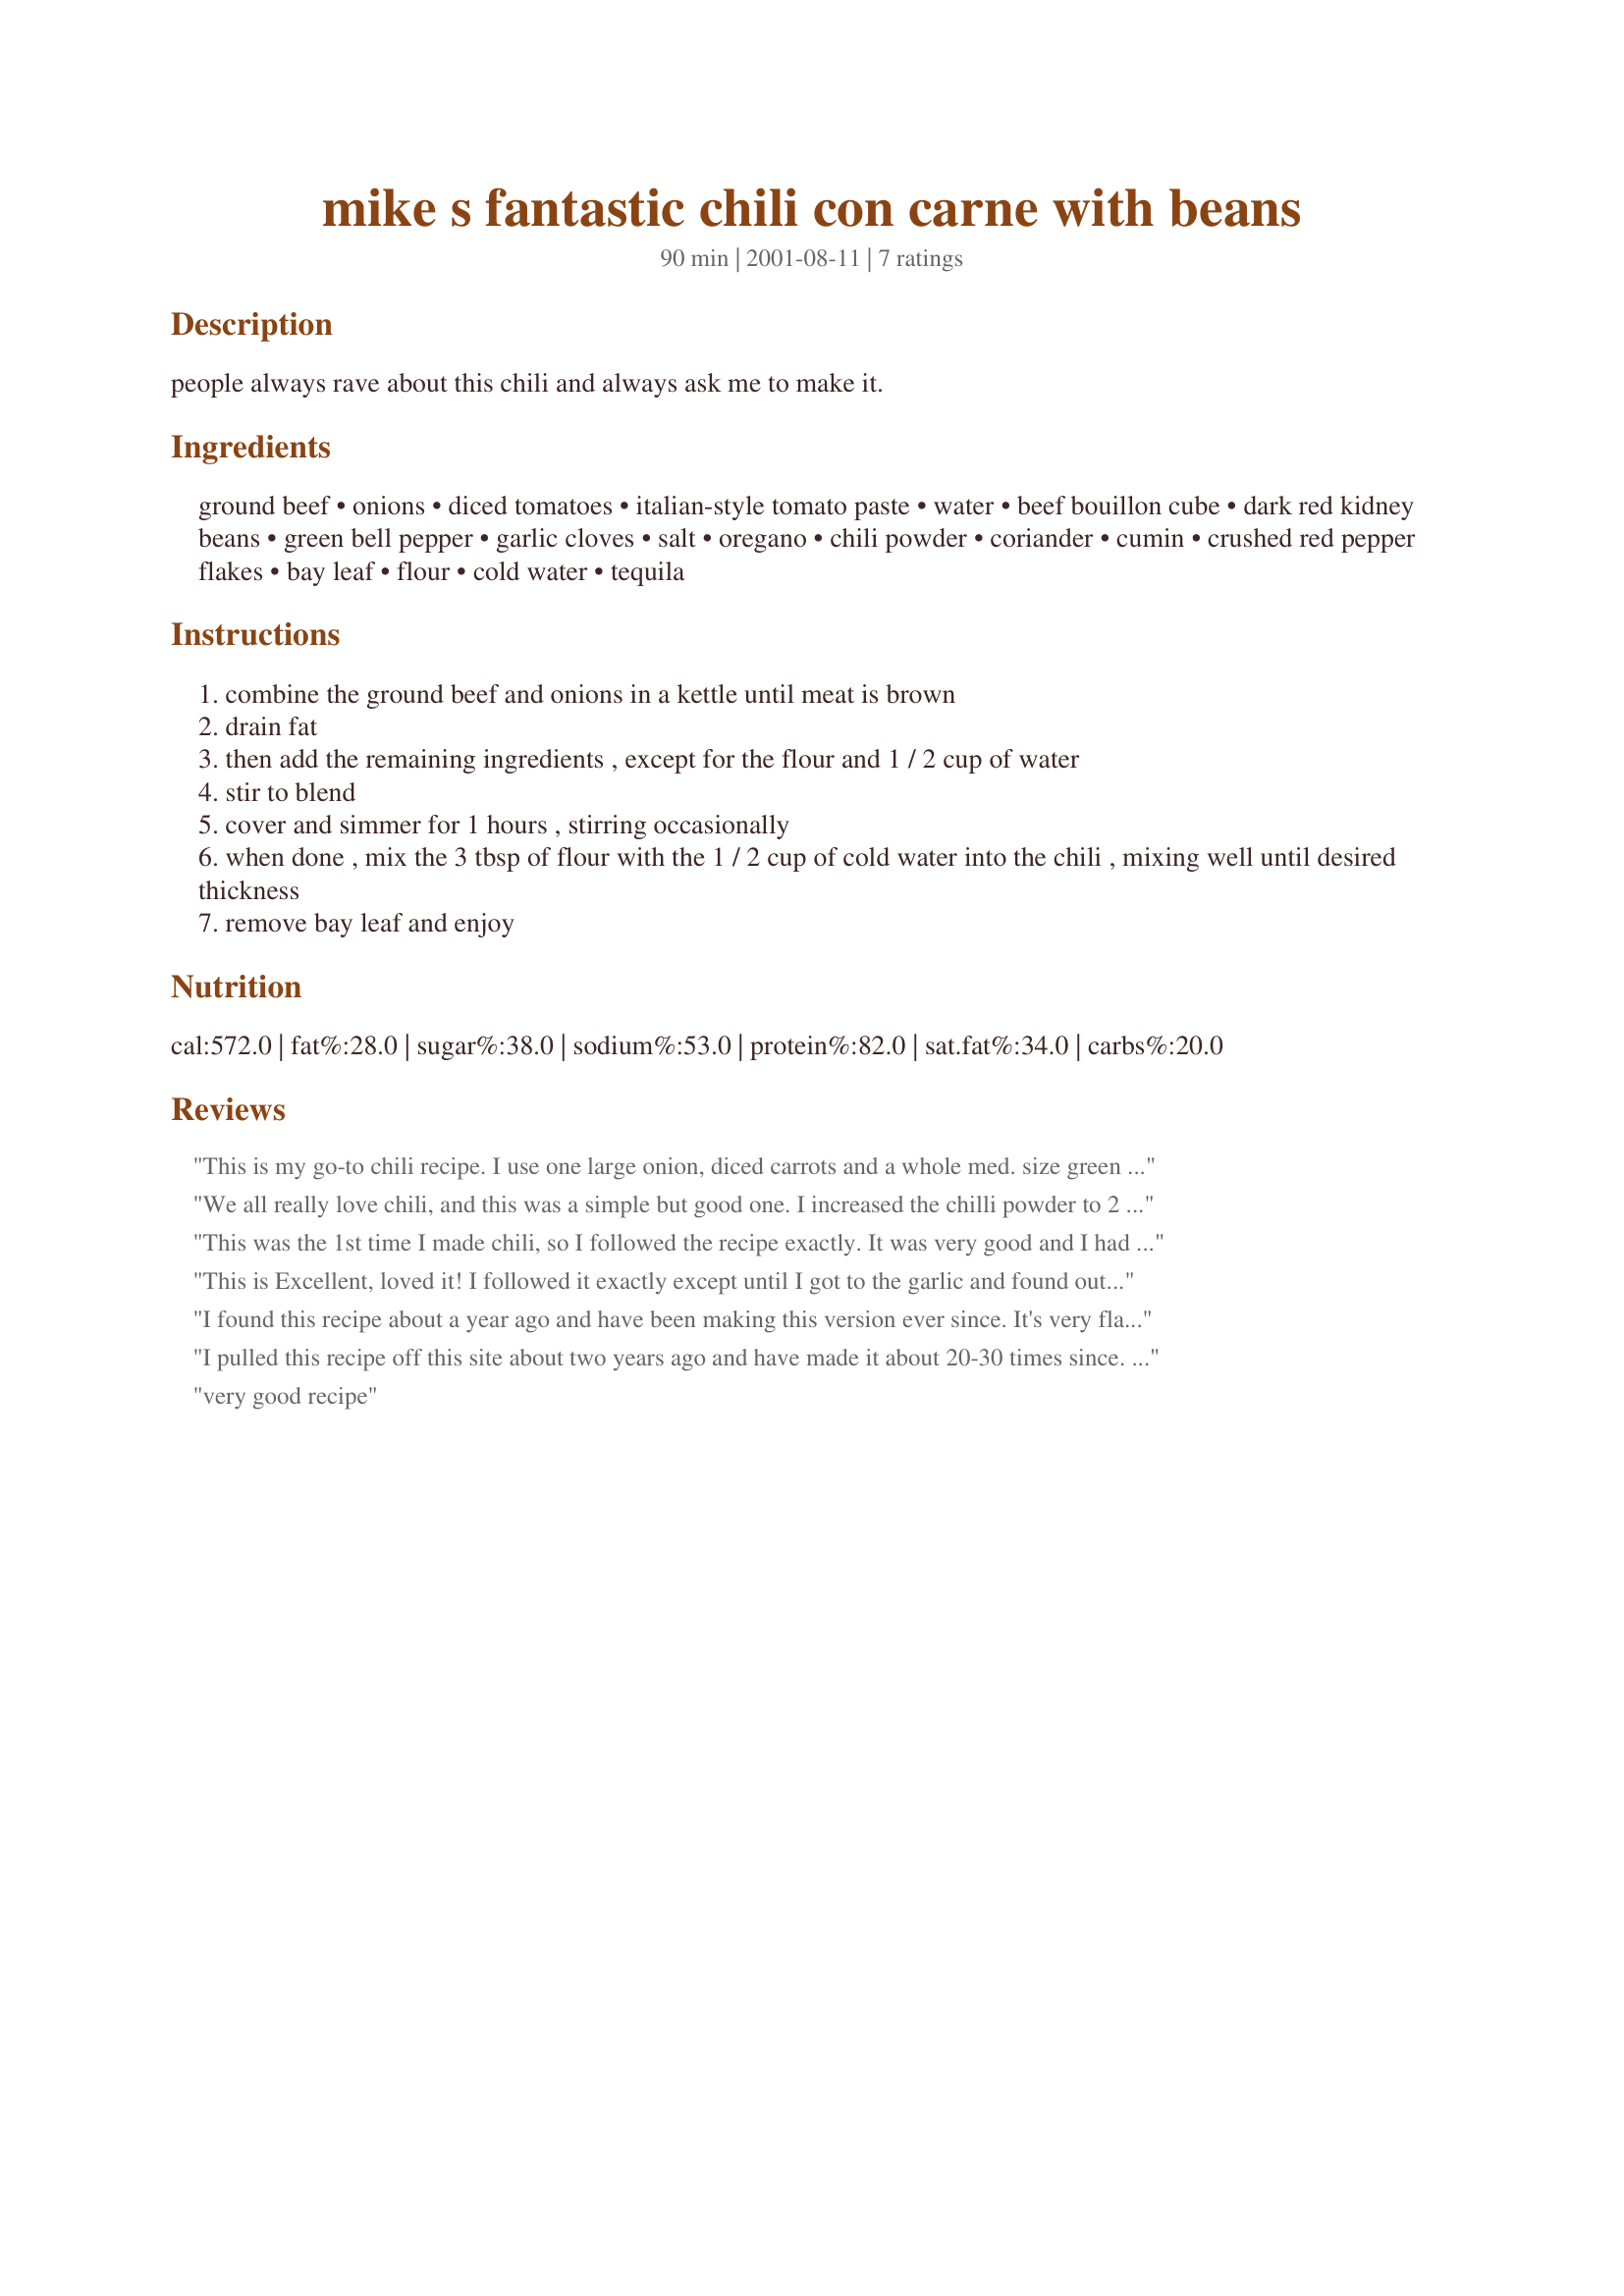
mike s fantastic chili con carne with beans
Preparation time: 90 minutes

people always rave about this chili and always ask me to make it.

Ingredients:
ground beef, onions, diced tomatoes, italian-style tomato paste, water, beef bouillon cube, dark red kidney beans, green bell pepper, garlic cloves, salt, oregano, chili powder, coriander, cumin, crushed red pepper flakes, bay leaf, flour, cold water, tequila

Steps:
combine the ground beef and onions in a kettle until meat is brown
drain fat
then add the remaining ingredients , except for the flour and 1 / 2 cup of water
stir to blend
cover and simmer for 1 hours , stirring occasionally
when done , mix the 3 tbsp of flour with the 1 / 2 cup of cold water into the chili , mixing well until desired thickness
remove bay leaf and enjoy

Reviews:
This is my go-to chili recipe. I use one large onion, diced carrots and a whole med. size green pepper. I up the chili powder to one heaping tablespoon and I add a sliced, seeded jalapeno. I don't add the tequila or bouillon cube and I hate thickening a good recipe with flour and water. I don't rinse the two 19oz. cans of red kidneys so the starch is from the beans thickens the chili. Great to freeze!! Thanks Mike!!
We all really love chili, and this was a simple but good one. I increased the chilli powder to 2 tablespoons as mine is quite mild. I don't like flour as a thickener to finish a dish, so I just dumped in all the water at the start then allowed the sauce to simmer and reduce until it was the right consistency for us. I didn't use the tequila.
This was the 1st time I made chili, so I followed the recipe exactly. It was very good and I had some leftover for lunch the next day, plus some for the freezer. I plan to make Left-over Chili Bake(#18046).
This is Excellent, loved it! I followed it exactly except until I got to the garlic and found out I was out of fresh so I had to use dry minced garlic, but it still turned out great! Thanks Michael..
I found this recipe about a year ago and have been making this version ever since. It's very flavorful and everyone at works loves it when I bring it for potlucks. Don't cook it too long or you'll loose the freshness of the tomatoes and peppers.
I pulled this recipe off this site about two years ago and have made it about 20-30 times since. EVERYONE loves it! I add about a tablespoon more chili powder and cumin for a stronger flavor, and use venison instead of beef. It really is fantastic!
very good recipe
